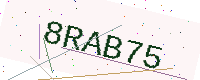
Text: 8RAB75